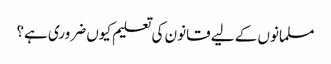
مسلمانوں کے لیے قانون کی تعلیم کیوں ضروری ہے؟